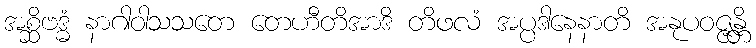
အစ္ဆိဗဒ္ဓံ နာဂါဝါသသတေ တေဟီတိအာဒိ တိဖလံ အပ္ပဒါနေနာတိ အနုပဝဇ္ဇန္တိ